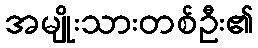
အမျိုးသားတစ်ဦး၏